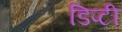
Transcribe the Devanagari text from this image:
डिप्‍टी